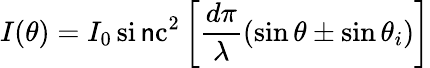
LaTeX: I(\theta)=I_{0}\, \operatorname{si\mathsf{n}c}^{2}\left[{\frac{{d\pi}}{{\lambda}}}(\sin\theta\pm\sin\theta_{i})\right]